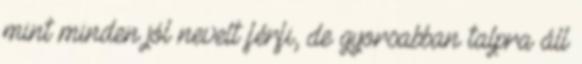
mint minden jól nevelt férfi, de gyorsabban talpra áll